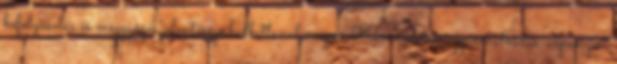
befolyásolás és meggyőzés jelentősége hallatlanul megnő Kereskedelem, gyarmatosítás, expanzió: